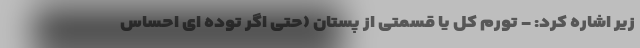
زیر اشاره کرد: - تورم کل یا قسمتی از پستان (حتی اگر توده ای احساس